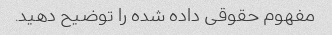
مفهوم حقوقی داده شده را توضیح دهید.